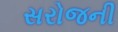
સરોજની